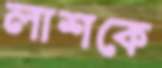
লাশকে